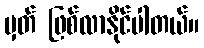
မှတ် ဖြစ်လာနိုင်ပါတယ်။